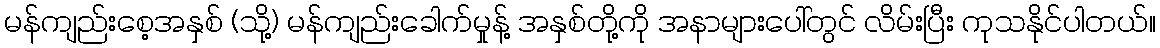
မန်ကျည်းစေ့အနှစ် (သို့) မန်ကျည်းခေါက်မှုန့် အနှစ်တို့ကို အနာများပေါ်တွင် လိမ်းပြီး ကုသနိုင်ပါတယ်။